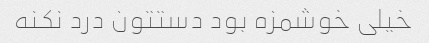
خیلی خوشمزه بود دستتون درد نکنه